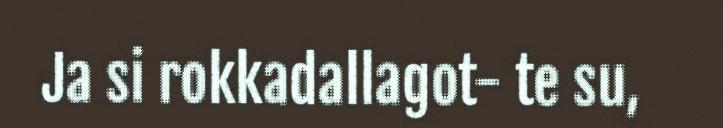
Ja si rokkadallagot- te su,